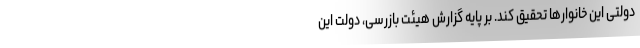
دولتی این خانوارها تحقیق کند. بر پایه گزارش هیئت بازرسی، دولت این